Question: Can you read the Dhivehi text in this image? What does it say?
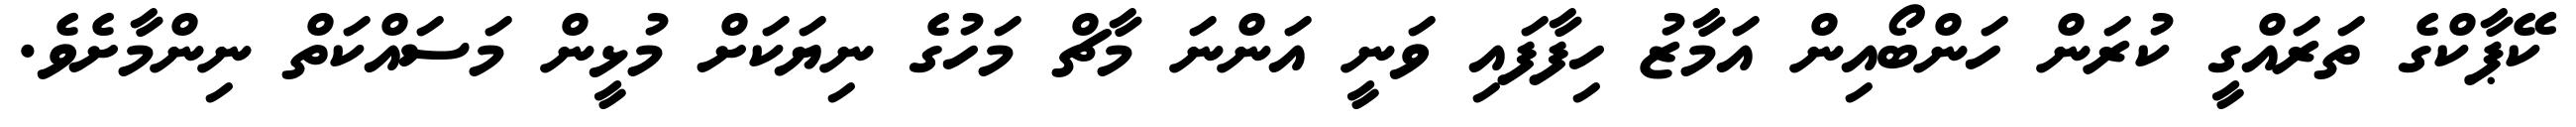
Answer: ކޭޕާކްގެ ތަރައްގީ ކުރަން ހަންބޯއިން އަމާޒު ހިފާފައި ވަނީ އަންނަ މާޗް މަހުގެ ނިޔަކަށް މުޅީން މަސައްކަތް ނިންމާށެވެ.